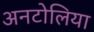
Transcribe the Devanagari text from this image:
अनटोलिया